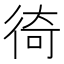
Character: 徛